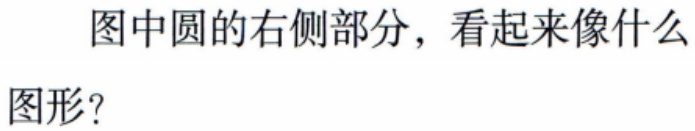
图中圆的右侧部分，看起来像什么

图形？